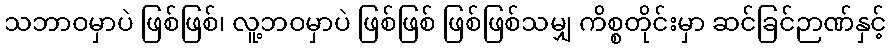
သဘာဝမှာပဲ ဖြစ်ဖြစ်၊ လူ့ဘဝမှာပဲ ဖြစ်ဖြစ် ဖြစ်ဖြစ်သမျှ ကိစ္စတိုင်းမှာ ဆင်ခြင်ဉာဏ်နှင့်